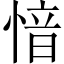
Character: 愔